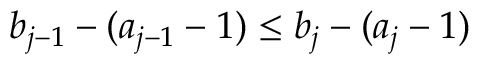
b _ { j - 1 } - ( a _ { j - 1 } - 1 ) \leq b _ { j } - ( a _ { j } - 1 )